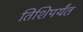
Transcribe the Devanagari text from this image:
तिशिपर्यंत